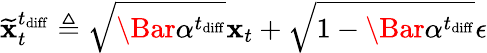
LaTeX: \widetilde{\mathbf{x}}_{t}^{t_{\mathrm{diff}}}\triangleq\sqrt{\Bar{\alpha}^{t_{\mathrm{diff}}}}\mathbf{x}_{t}+\sqrt{1-\Bar{\alpha}^{t_{\mathrm{diff}}}}\epsilon